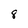
Character: 8